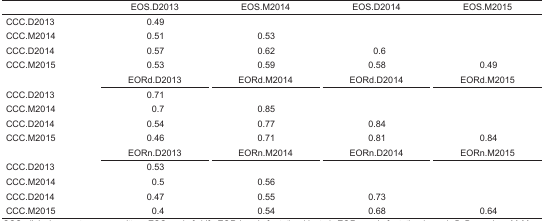
<table><thead><tr><td></td><td><b>EOS.D2013</b></td><td><b>EOS.M2014</b></td><td><b>EOS.D2014</b></td><td><b>EOS.M2015</b></td></tr></thead><tbody><tr><td>CCC.D2013</td><td>0.49</td><td></td><td></td><td></td></tr><tr><td>CCC.M2014</td><td>0.51</td><td>0.53</td><td></td><td></td></tr><tr><td>CCC.D2014</td><td>0.57</td><td>0.62</td><td>0.6</td><td></td></tr><tr><td>CCC.M2015</td><td>0.53</td><td>0.59</td><td>0.58</td><td>0.49</td></tr><tr><td></td><td>EORd.D2013</td><td>EORd.M2014</td><td>EORd.D2014</td><td>EORd.M2015</td></tr><tr><td>CCC.D2013</td><td>0.71</td><td></td><td></td><td></td></tr><tr><td>CCC.M2014</td><td>0.7</td><td>0.85</td><td></td><td></td></tr><tr><td>CCC.D2014</td><td>0.54</td><td>0.77</td><td>0.84</td><td></td></tr><tr><td>CCC.M2015</td><td>0.46</td><td>0.71</td><td>0.81</td><td>0.84</td></tr><tr><td></td><td>EORn.D2013</td><td>EORn.M2014</td><td>EORn.D2014</td><td>EORn.M2015</td></tr><tr><td>CCC.D2013</td><td>0.53</td><td></td><td></td><td></td></tr><tr><td>CCC.M2014</td><td>0.5</td><td>0.56</td><td></td><td></td></tr><tr><td>CCC.D2014</td><td>0.47</td><td>0.55</td><td>0.73</td><td></td></tr><tr><td>CCC.M2015</td><td>0.4</td><td>0.54</td><td>0.68</td><td>0.64</td></tr></tbody></table>